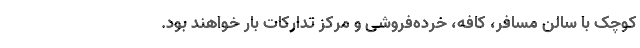
کوچک با سالن مسافر، کافه، خرده‌فروشی و مرکز تدارکات بار خواهند بود.